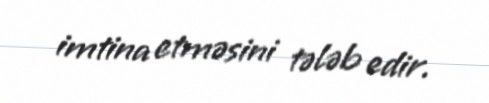
imtina etməsini tələb edir.